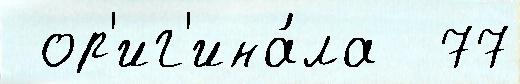
 ор'иг'ина́ла  77